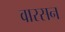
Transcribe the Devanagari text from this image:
वारसन